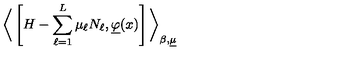
\bigg \langle \left[ H - \sum _ { \ell = 1 } ^ { L } \mu _ { \ell } N _ { \ell } , \underline { { \varphi } } ( x ) \right] \bigg \rangle _ { \beta , \underline { { \mu } } }